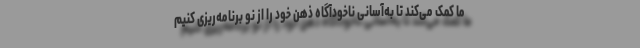
ما کمک می‌کند تا به‌آسانی ناخودآگاه ذهن خود را از نو برنامه‌ریزی کنیم